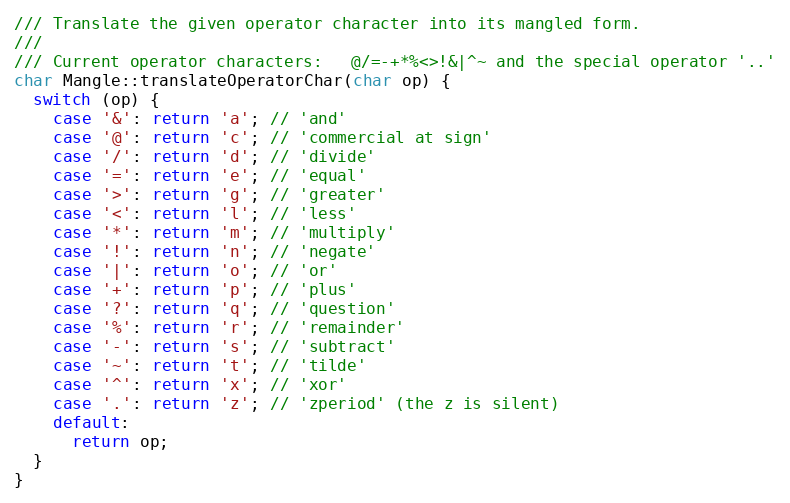
Language: C++
/// Translate the given operator character into its mangled form.
///
/// Current operator characters:   @/=-+*%<>!&|^~ and the special operator '..'
char Mangle::translateOperatorChar(char op) {
  switch (op) {
    case '&': return 'a'; // 'and'
    case '@': return 'c'; // 'commercial at sign'
    case '/': return 'd'; // 'divide'
    case '=': return 'e'; // 'equal'
    case '>': return 'g'; // 'greater'
    case '<': return 'l'; // 'less'
    case '*': return 'm'; // 'multiply'
    case '!': return 'n'; // 'negate'
    case '|': return 'o'; // 'or'
    case '+': return 'p'; // 'plus'
    case '?': return 'q'; // 'question'
    case '%': return 'r'; // 'remainder'
    case '-': return 's'; // 'subtract'
    case '~': return 't'; // 'tilde'
    case '^': return 'x'; // 'xor'
    case '.': return 'z'; // 'zperiod' (the z is silent)
    default:
      return op;
  }
}